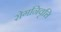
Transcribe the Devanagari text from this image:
रोगनिवृत्ति